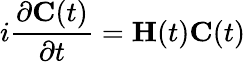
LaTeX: i\frac{\partial\mathbf{C}(t)}{\partial t}=\mathbf{H}(t)\mathbf{C}(t)